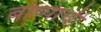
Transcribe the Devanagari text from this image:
बाष्पाची